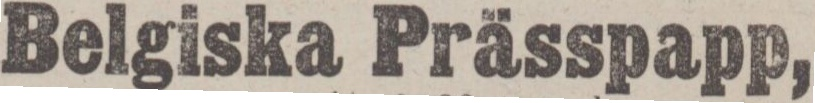
Belgiska Prässpapp,